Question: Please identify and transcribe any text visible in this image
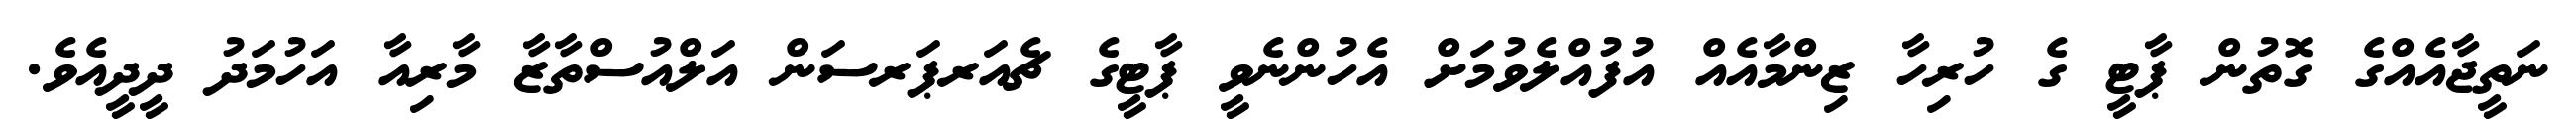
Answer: ނަތީޖާއެއްގެ ގޮތުން ޕާޓީ ގެ ހުރިހާ ޒިންމާއެއް އުފުއްލެވުމަށް އެހުންނެވީ ޕާޓީގެ ޗެއަރޕަރސަން އަލްއުސްތާޒާ މާރިއާ އަހުމަދު ދީދީއެވެ.